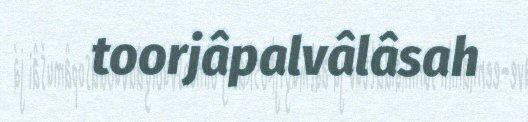
toorjâpalvâlâsah